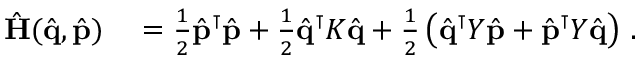
\begin{array} { r l } { \hat { \bf { H } } ( \hat { \bf { q } } , \hat { \bf { p } } ) } & { { } = \frac { 1 } { 2 } \hat { \bf { p } } ^ { \intercal } \hat { \bf { p } } + \frac { 1 } { 2 } \hat { \bf { q } } ^ { \intercal } \boldsymbol { K } \hat { \bf { q } } + \frac { 1 } { 2 } \left( \hat { \bf { q } } ^ { \intercal } \boldsymbol { Y } \hat { \bf { p } } + \hat { \bf { p } } ^ { \intercal } \boldsymbol { Y } \hat { \bf { q } } \right) \, . } \end{array}